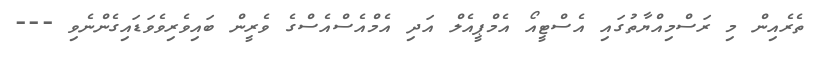
ތެރެއިން މި ރަސްމިއްޔާތުގައި އެސްޓީއޯ އެމްޕީއެލް އަދި އެމްއެސްއެސްގެ ވެރީން ބައިވެރިވެވަޑައިގެންނެވި ---